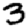
Digit: 3